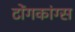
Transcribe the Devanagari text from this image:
टोंगकांग्स